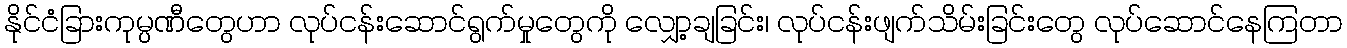
နိုင်ငံခြားကုမ္ပဏီတွေဟာ လုပ်ငန်းဆောင်ရွက်မှုတွေကို လျှော့ချခြင်း၊ လုပ်ငန်းဖျက်သိမ်းခြင်းတွေ လုပ်ဆောင်နေကြတာ